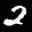
Label: 2